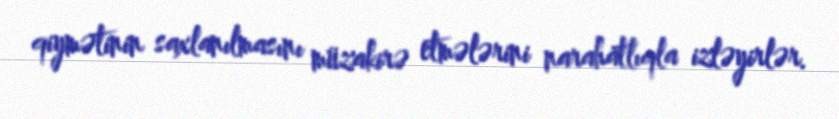
qiymətinin saxlanılmasını müzakirə etmələrini narahatlıqla izləyirlər.